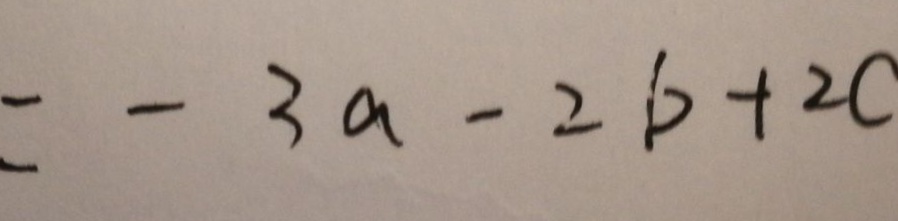
= - 3 a - 2 b + 2 c